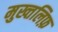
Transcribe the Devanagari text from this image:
मुख्तलिफ़